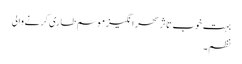
بہت خوب تاثر سحر انگیز موسم طاری کرنے والی
نظم۔